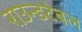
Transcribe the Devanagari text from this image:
राउन्डटेबल